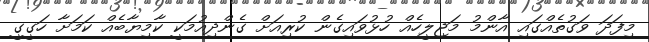
މިފަދަ ވަގުތެއްގައި އާންމު މަޖިލީހެއް ހުޅުވައިގެން ކުރިއަށް ގެންދިއުމަކީ ކާމިޔާބެއް ކަމަށާ ހަގީގީ